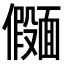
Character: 𫖄